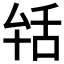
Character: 𦧐